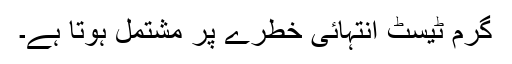
گرم ٹیسٹ انتہائی خطرے پر مشتمل ہوتا ہے۔